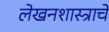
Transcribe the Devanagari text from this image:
लेखनशास्त्राचे